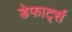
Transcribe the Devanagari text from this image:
डेफार्ट्स